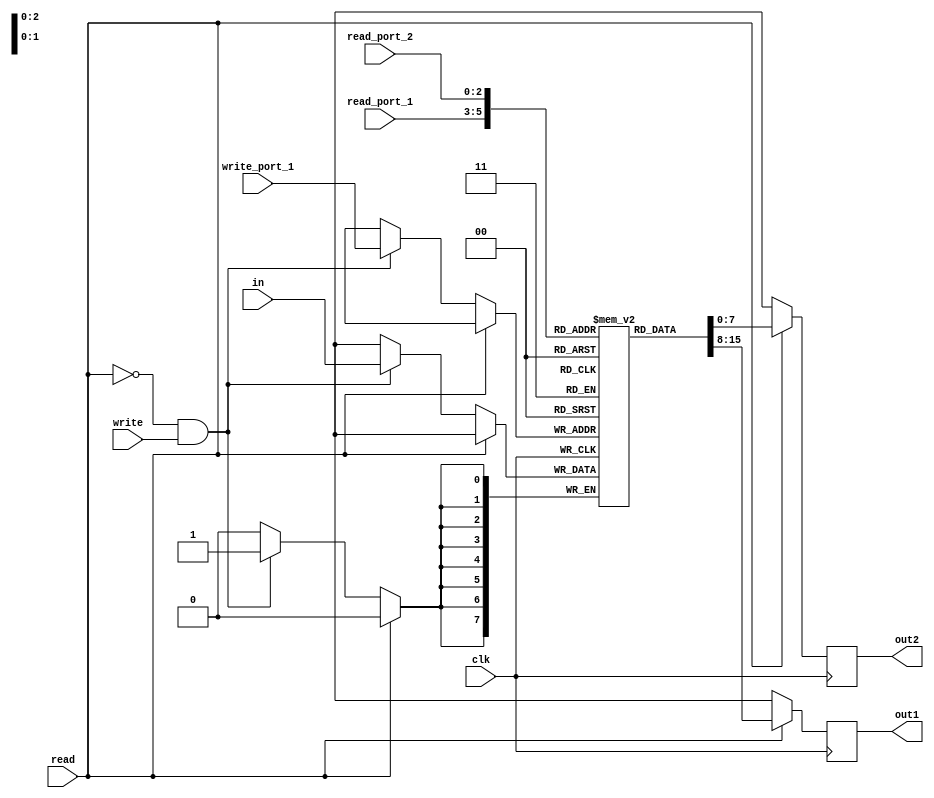
module regfile2(clk,read,write,read_port_1,read_port_2,write_port_1,in,out1,out2);
input clk,read,write;
input [2:0] read_port_1,read_port_2,write_port_1;
// read or write at once
input [7:0] in;
output reg [7:0] out1,out2;
reg [7:0] k [7:0];
always @(posedge clk)
begin
if(read==1)
begin
	out1<=k[read_port_1];
	out2<=k[read_port_2];
end
else if(read==0 && write==1)
begin
	k[write_port_1]<=in;
	out1<='bx;
	out2<='bx;
end
else
begin
	out1<='bx;
	out2<='bx;
end
end
endmodule